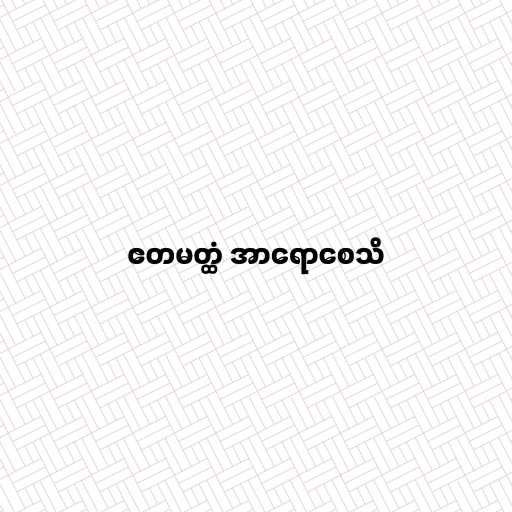
ဧတမတ္ထံ အာရောစေသိ